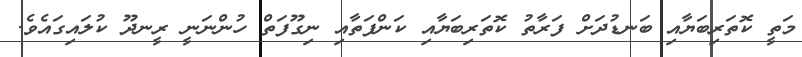
މަތީ ކޮތަރިބަޔާއި ބަނޑުދަށް ފަރާތު ކޮތަރިބަޔާއި ކަންފަތާއި ނިގޫފަތް ހުންނަނީ ރީނދޫ ކުލައިގައެވެ.